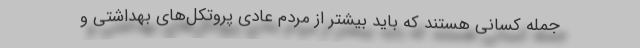
جمله کسانی هستند که باید بیشتر از مردم عادی پروتکل‌های بهداشتی و